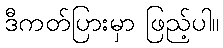
ဒီကတ်ပြားမှာ ဖြည့်ပါ။